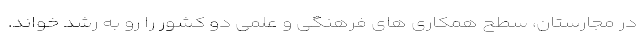
در مجارستان، سطح همکاری های فرهنگی و علمی دو کشور را رو به رشد خواند.